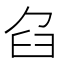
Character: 臽